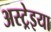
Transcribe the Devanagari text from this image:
अस्ट्रेइया